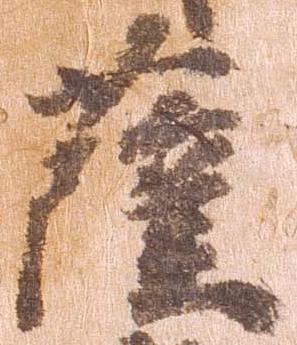
薩